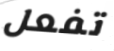
تفعل